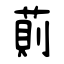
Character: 萴